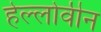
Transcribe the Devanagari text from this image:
हेल्लोवीन